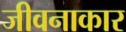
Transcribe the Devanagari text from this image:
जीवनाकार